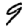
Digit: 9